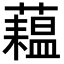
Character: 𬟇